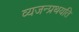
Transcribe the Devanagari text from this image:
व्यजन्प्रथयति